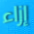
إزاء